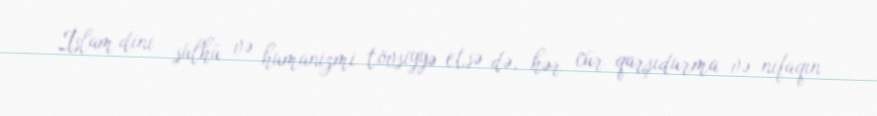
İslam dini sülhü və humanizmi tövsiyyə etsə də, hər cür qarşıdurma və nifaqın